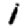
Digit: 1